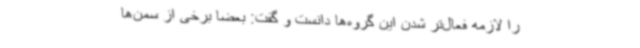
را لازمه فعال‌تر شدن این گروه‌ها دانست و گفت: بعضا برخی از سمن‌ها